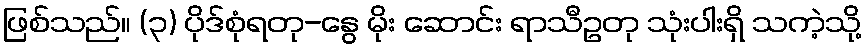
ဖြစ်သည်။ (၃) ပိုဒ်စုံရတု-နွေ မိုး ဆောင်း ရာသီဥတု သုံးပါးရှိ သကဲ့သို့